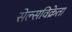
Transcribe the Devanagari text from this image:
सेल्सविक्रेता